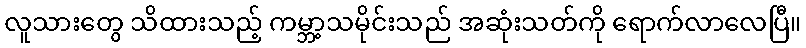
လူသားတွေ သိထားသည့် ကမ္ဘာ့သမိုင်းသည် အဆုံးသတ်ကို ရောက်လာလေပြီ။